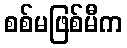
စစ်မဖြစ်မီက